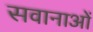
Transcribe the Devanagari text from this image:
सवानाओं